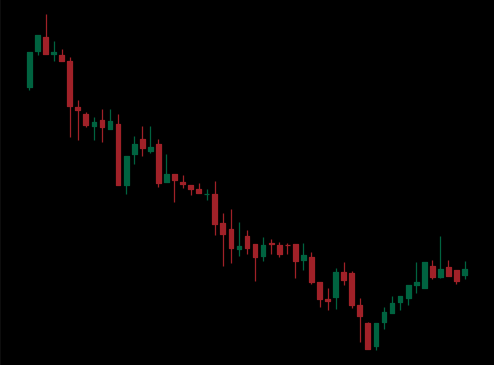
Pattern: bull_flag